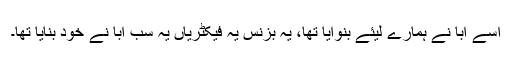
اسے ابا نے ہمارے لیئے بنوایا تھا، یہ بزنس یہ فیکٹریاں یہ سب ابا نے خود بنایا تھا۔